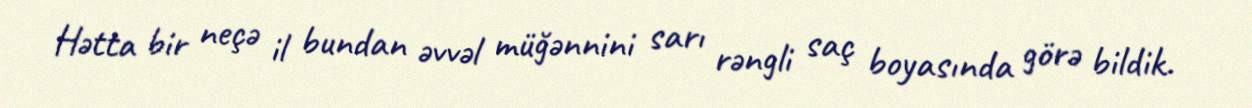
Hətta bir neçə il bundan əvvəl müğənnini sarı rəngli saç boyasında görə bildik.